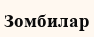
Зомбилар